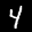
Label: 4